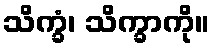
သိက္ခံ၊ သိက္ခာကို။